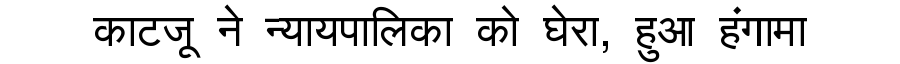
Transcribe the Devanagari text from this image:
काटजू ने न्यायपालिका को घेरा, हुआ हंगामा